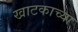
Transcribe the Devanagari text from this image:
खाटकाच्या